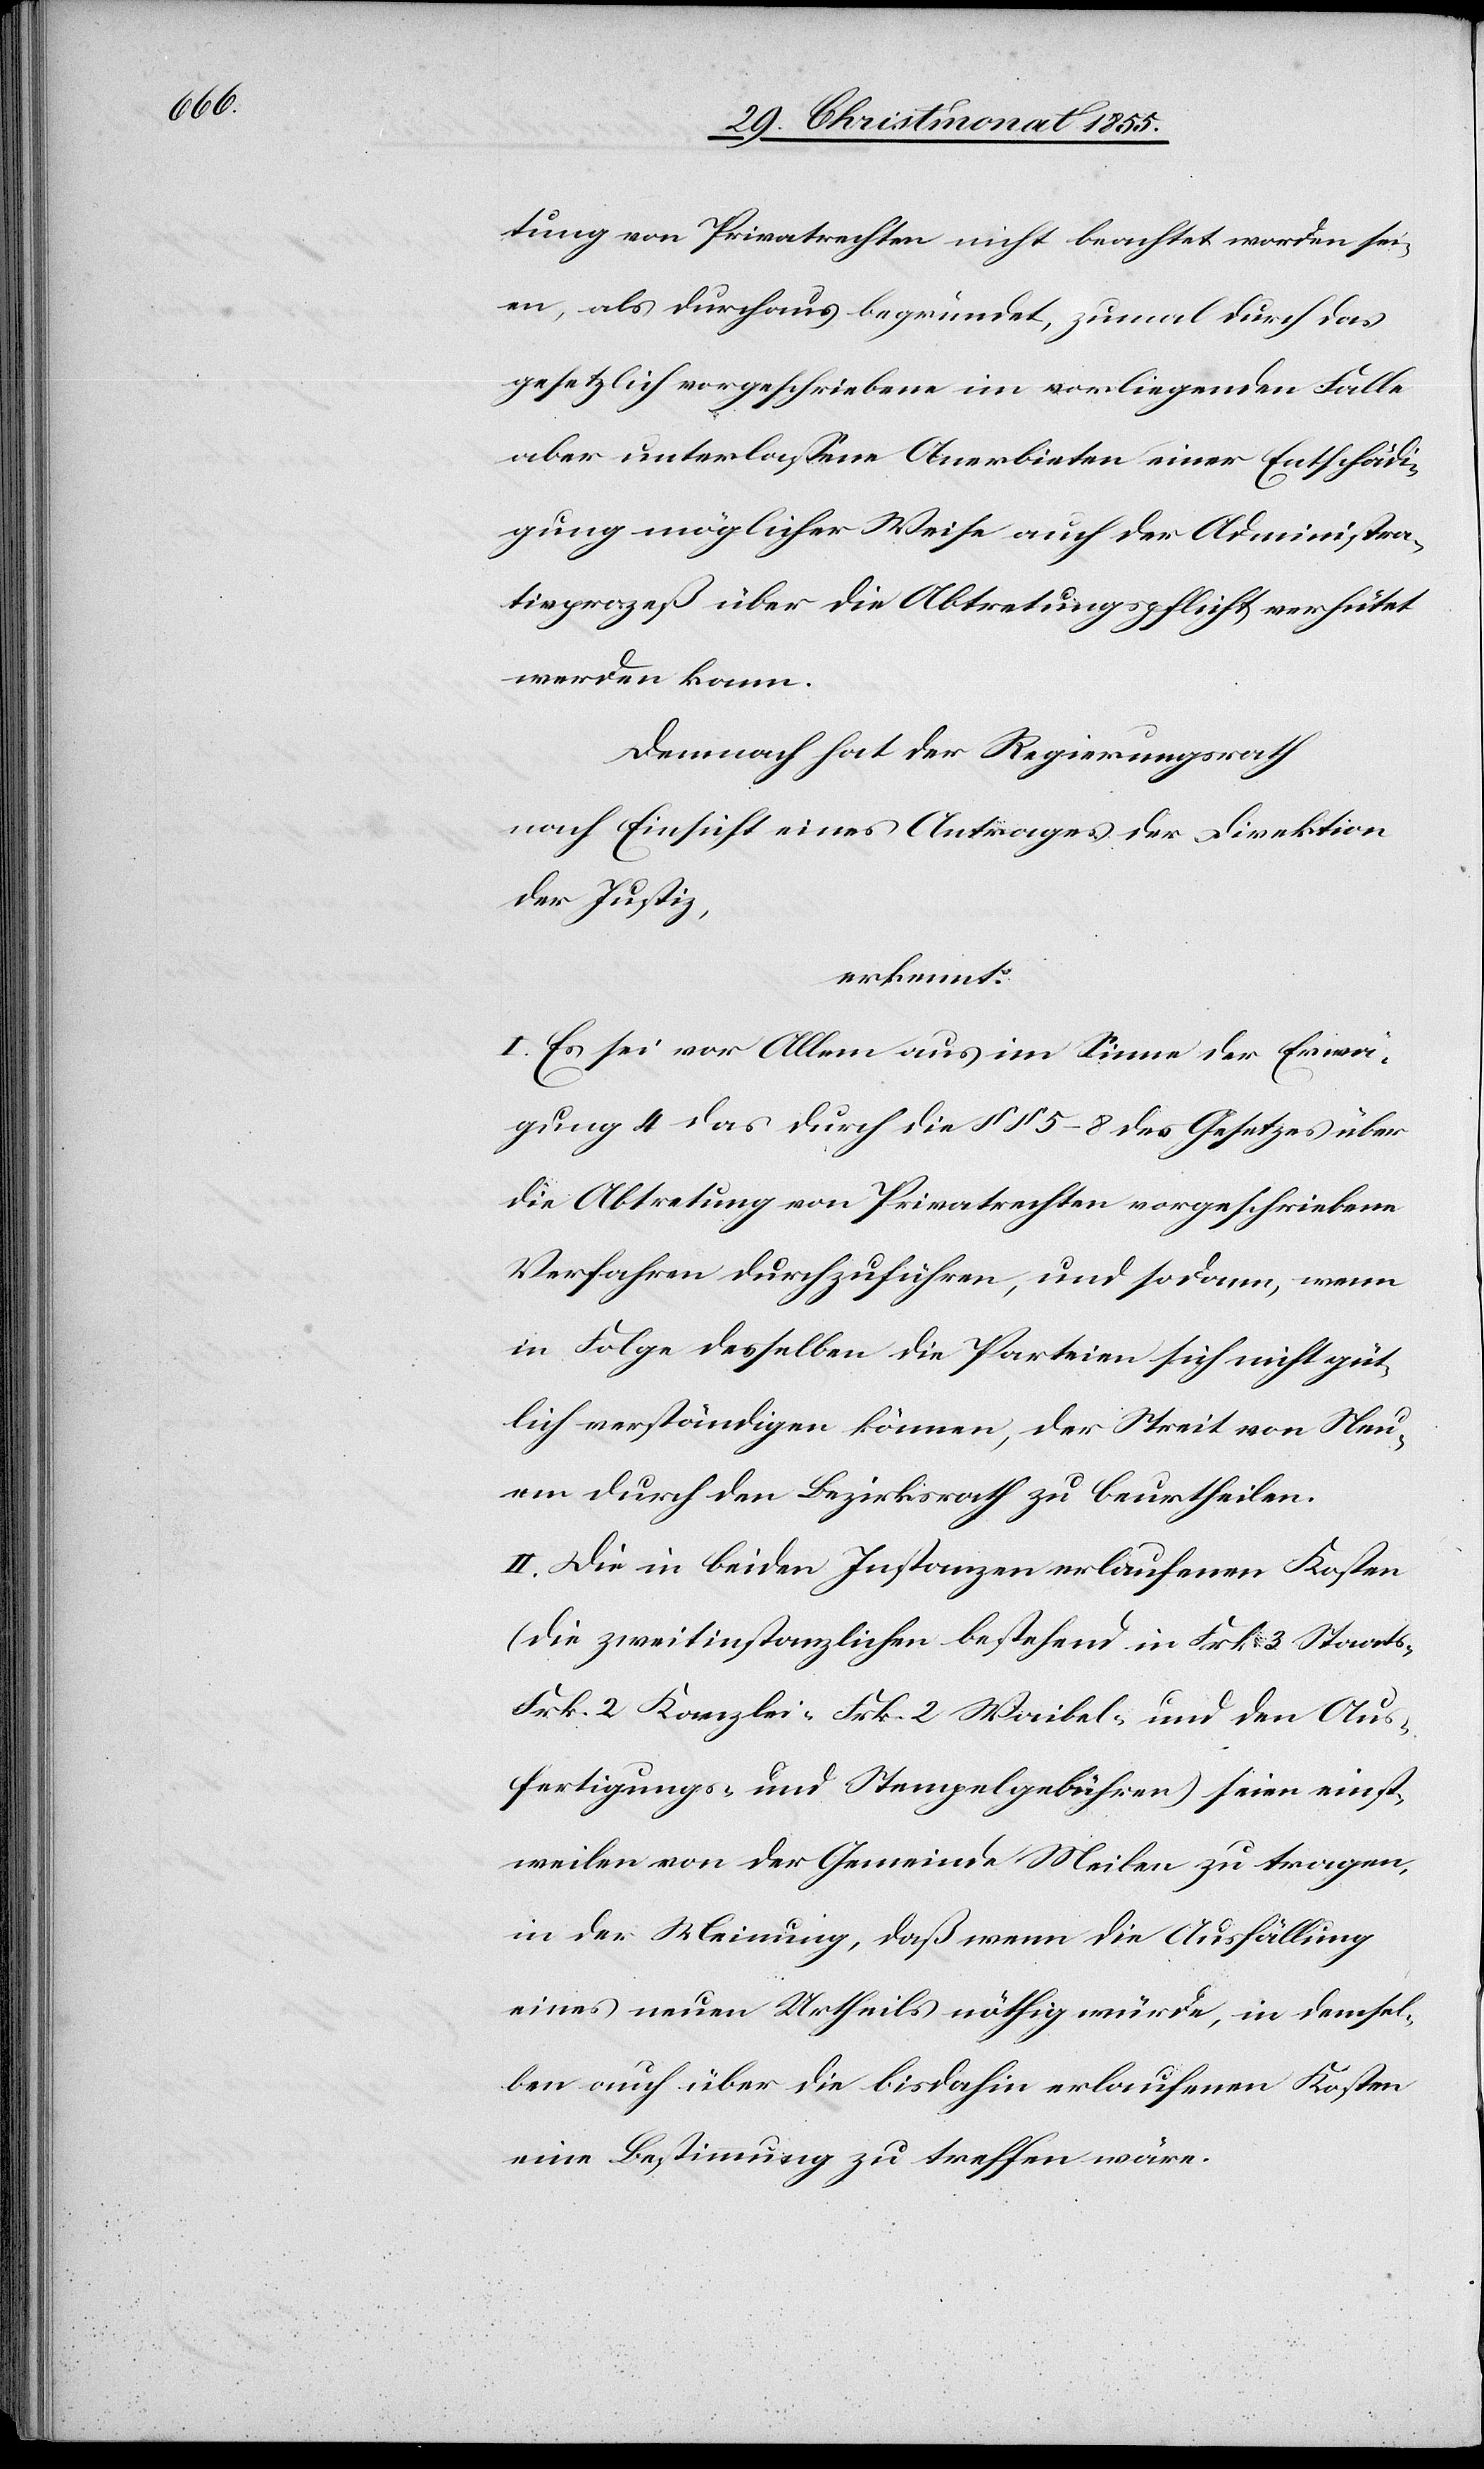
tung von Privatrechten nicht beachtet worden sei¬
en, als durchaus begründet, zumal durch das
gesetzlich vorgeschriebene im vorliegenden Falle
aber unterlassene Anerbieten einer Entschädi¬
gung möglicher Weise auch der Administra¬
tivprozeß über die Abtretungspflicht verhütet
werden kann.
Demnach hat der Regierungsrath
nach Einsicht eines Antrages der Direktion
der Justiz,
erkennt:
I. Es sei vor Allem aus im Sinne der Erwä¬
gung 4 das durch die §§ 5–8 des Gesetzes über
die Abtretung von Privatrechten vorgeschriebene
Verfahren durchzuführen, und sodann, wenn
in Folge desselben die Parteien sich nicht güt¬
lich verständigen können, der Streit von Neu¬
em durch den Bezirksrath zu beurtheilen.
II. Die in beiden Instanzen erlaufenen Kosten
(die zweitinstanzlichen bestehend in Frk. 3 Staats-[,]
Frk. 2 Kanzlei-[,] Frk. 2 Waibel- und den Aus¬
fertigungs- und Stempelgebühren) seien einst¬
weilen von der Gemeinde Meilen zu tragen,
in der Meinung, daß wenn die Ausfällung
eines neuen Urtheils nöthig würde, in demsel¬
ben auch über die bisdahin erlaufenen Kosten
eine Bestimmung zu treffen wäre.